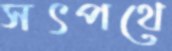
সৎপথে